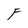
Character: F